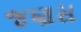
જણસ